Annual report on the lock hospitals of the Madras Presidency
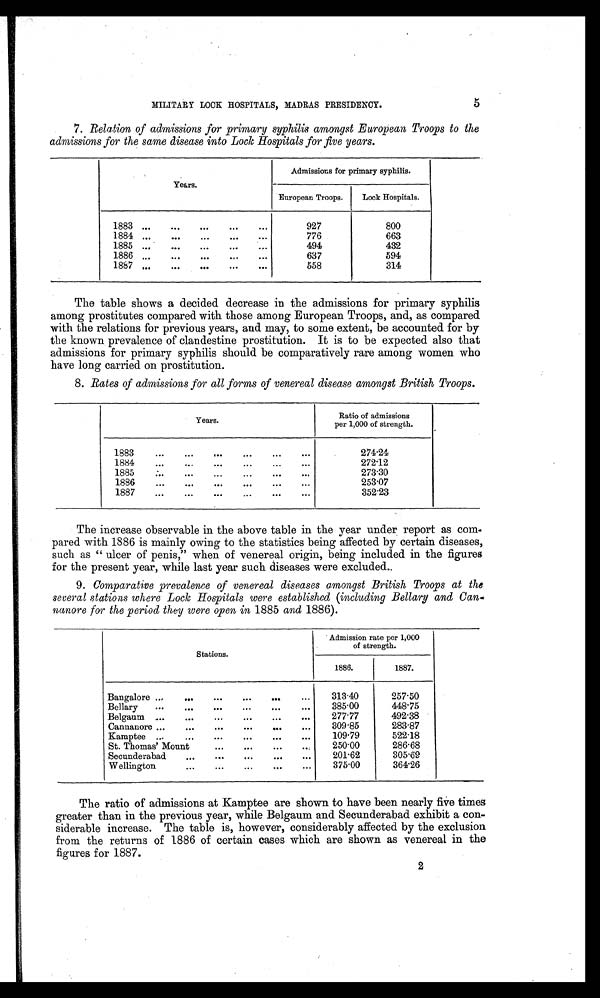
5
MILITARY LOCK HOSPITALS, MADRAS PRESIDENCY.
7. Relation of admissions for primary syphilis amongst European Troops to the
admissions for the same disease into Lock Hospitals for five years.
Years.
Admissions for primary syphilis.
European Troops.
Lock Hospitals.
1883 ...
...
...
...
. . .
927
800
1884 ...
...
...
...
. . .
776
663
1885 ...
...
...
...
. . .
494
432
1886 ...
...
...
...
...
637
594
1887 ...
...
...
...
. . .
558
314
The table shows a decided decrease in the admissions for primary syphilis
among prostitutes compared with those among European Troops, and, as compared
with the relations for previous years, and may, to some extent, be accounted for by
the known prevalence of clandestine prostitution. It is to be expected also that
admissions for primary syphilis should be comparatively rare among women who
have long carried on prostitution.
8. Rates of admissions for all forms of venereal disease amongst British Troops.
Years.
Ratio of admissions
per 1,000 of strength.
1883
...
...
...
...
...
. . .
274·24
1884
...
...
...
...
...
. . .
272·12
1885
...
...
...
...
...
273·30
1886
...
...
...
...
...
...
253·07
1887
...
...
...
...
...
...
352·23
The increase observable in the above table in the year under report as com-
pared with 1886 is mainly owing to the statistics being affected by certain diseases,
such as " ulcer of penis," when of venereal origin, being included in the figures
for the present year, while last year such diseases were excluded..
9. Comparative prevalence of venereal diseases amongst British Troops at the
several stations where Lock Hospitals were established (including Bellary and Can
-nanore for the period they were open in 1885 and 1886).
Stations.
Admission rate per 1,000
of strength.
1886.
1887.
Bangalore ...
...
...
...
...
...
313·40
257·50
Bellary ...
...
...
...
...
. . .
385·00
448·75
B e l g a u m
277·77
492·38
Cannanore ...
...
...
...
...
. . . 309·85
283·87
Kamptee ...
...
...
...
...
. . .
109·79
522·18
St. Thomas' Mount
...
...
...
. . .
250·00
286·68
Secunderabad
...
...
...
...
. . .
201·62
305·69
Wellington
...
...
...
...
. . .
375·00
364·26
The ratio of admissions at Kamptee are shown to have been nearly five times
greater than in the previous year, while Belgaum and Secunderabad exhibit a con-
siderable increase. The table is, however, considerably affected by the exclusion
from the returns of 1886 of certain cases which are shown as venereal in the
figures for 1887.
2